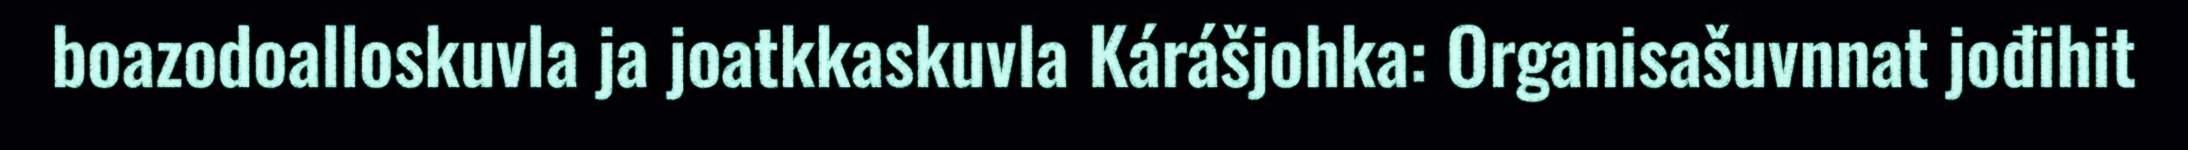
boazodoalloskuvla ja joatkkaskuvla Kárášjohka: Organisašuvnnat jođihit